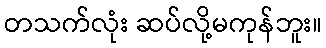
တသက်လုံး ဆပ်လို့မကုန်ဘူး။